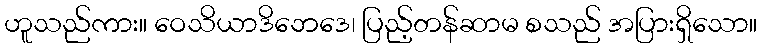
ဟူသည်ကား။ ဝေသိယာဒိဘေဒေ၊ ပြည့်တန်ဆာမ စသည် အပြားရှိသော။